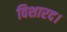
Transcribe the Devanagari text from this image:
विशारद।